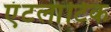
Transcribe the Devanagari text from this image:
एंटलांटिक